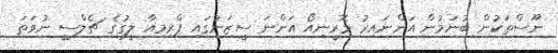
ނޫސްތަކުން ބުނަމުން އަންނައިރު މޮރީނިއޯ އަންނަ ސީޒަނުގައި ޕްރިމިއާ ލީގުގެ ޗެލްސީ ނުވަތަ